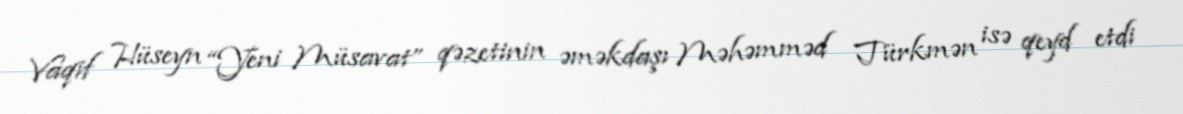
Vaqif Hüseyn “Yeni Müsavat” qəzetinin əməkdaşı Məhəmməd Türkmən isə qeyd etdi